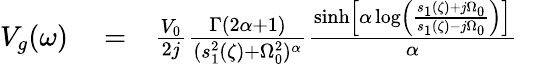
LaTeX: \begin{array}{rlr}{V_{g}(\omega)}&{{}=}&{\frac{V_{0}}{2j}\frac{\Gamma(2\alpha+1)}{(s_{1}^{2}(\zeta)+\Omega_{0}^{2})^{\alpha}}\frac{\sinh\left[\alpha\log\left(\frac{s_{1}(\zeta)+j\Omega_{0}}{s_{1}(\zeta)-j\Omega_{0}}\right)\right]}{\alpha}\ \ \ }\end{array}